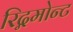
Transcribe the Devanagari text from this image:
रिद्गमोन्ट